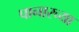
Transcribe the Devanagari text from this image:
पानारच्या